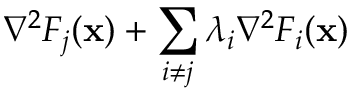
\nabla ^ { 2 } F _ { j } ( \mathbf { x } ) + \sum _ { i \neq j } \lambda _ { i } \nabla ^ { 2 } F _ { i } ( \mathbf { x } )